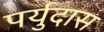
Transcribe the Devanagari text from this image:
पर्युदास